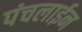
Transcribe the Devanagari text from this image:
पंचलाईन